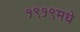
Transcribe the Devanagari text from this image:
१९१९मधे